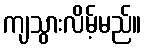
ကျသွားလိမ့်မည်။